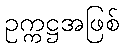
ဥက္ကဋ္ဌအဖြစ်